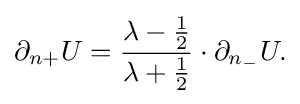
\displaystyle {\partial _{n+}U={\lambda -{1 \over 2} \over \lambda +{1 \over 2}}\cdot \partial _{n_{-}}U.}